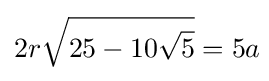
2r{\sqrt {25-10{\sqrt {5}}}}=5a\!